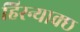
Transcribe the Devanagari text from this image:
हिरन्याक्छ